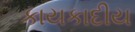
કાયકાદીય